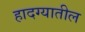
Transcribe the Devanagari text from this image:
हादग्यातील